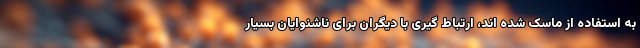
به استفاده از ماسک شده اند، ارتباط گیری با دیگران برای ناشنوایان بسیار